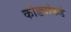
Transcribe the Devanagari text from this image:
कोड्यांकडे